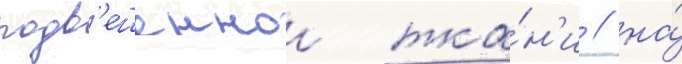
подв'ешеннои тка́н'и / на́